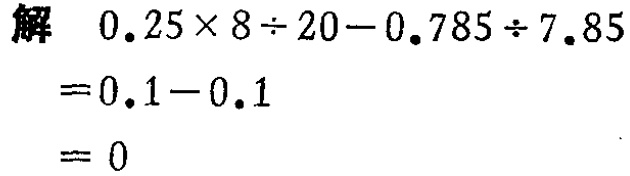
解 \(0.25\times 8\div 20 - 0.785\div 7.85\)

\(= 0.1 - 0.1\)

\(= 0\)